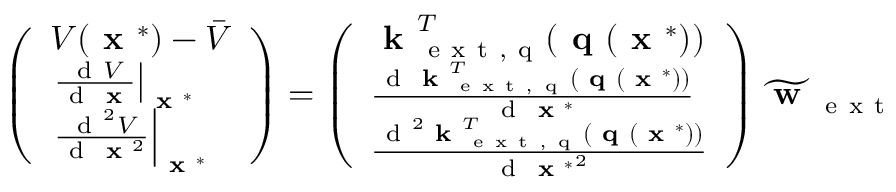
\left( \begin{array} { l } { V ( \textbf { x } ^ { * } ) - \bar { V } } \\ { \left. \frac { \mathrm { ~ d ~ } V } { \mathrm { ~ d ~ } \textbf { x } } \right| _ { \textbf { x } ^ { * } } } \\ { \left. \frac { \mathrm { ~ d ~ } ^ { 2 } V } { \mathrm { ~ d ~ } \textbf { x } ^ { 2 } } \right| _ { \textbf { x } ^ { * } } } \end{array} \right) = \left( \begin{array} { l } { \textbf { k } _ { \mathrm { ~ e ~ x ~ t ~ , ~ q ~ } } ^ { T } ( \textbf { q } ( \textbf { x } ^ { * } ) ) } \\ { \frac { \mathrm { ~ d ~ } \textbf { k } _ { \mathrm { ~ e ~ x ~ t ~ , ~ q ~ } } ^ { T } ( \textbf { q } ( \textbf { x } ^ { * } ) ) } { \mathrm { ~ d ~ } \textbf { x } ^ { * } } } \\ { \frac { \mathrm { ~ d ~ } ^ { 2 } \textbf { k } _ { \mathrm { ~ e ~ x ~ t ~ , ~ q ~ } } ^ { T } ( \textbf { q } ( \textbf { x } ^ { * } ) ) } { \mathrm { ~ d ~ } { \textbf { x } ^ { * } } ^ { 2 } } } \end{array} \right) \widetilde { \textbf { w } } _ { \mathrm { ~ e ~ x ~ t ~ } }